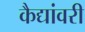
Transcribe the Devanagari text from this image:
कैद्यांवरी